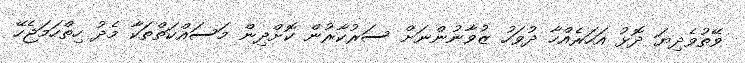
ވޭތުވެދިޔަ ދޮޅު އަހަރެއްހާ ދުވަހު ޒުވާނުންނަށް ސަރުކާރުން ކޮށްދިން މަސައްކަތްތަކާ މެދު ހިތްހަމަޖެހޭ